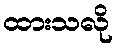
ထားသလို